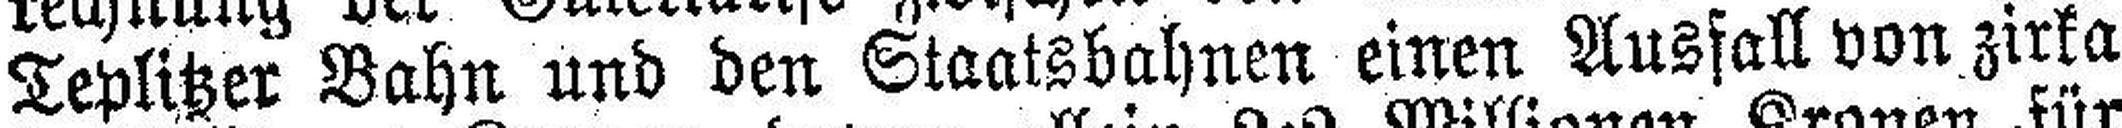
Teplitzer Bahn und den Staatsbahnen einen Ausfall von zirka